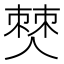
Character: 僰